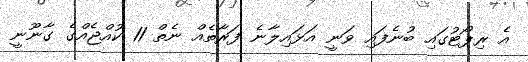
އެ ރިޕޯޓުގައި ބުނެފައި ވަނީ އަޅައިލާނެ ފަރާތެއް ނެތް 11 ކުއްޖެއްގެ ގާނޫނީ